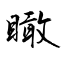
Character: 瞰